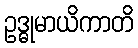
ဥဒ္ဓုမာယိကာတိ